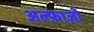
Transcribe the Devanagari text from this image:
अल्फ़ाज़ों